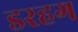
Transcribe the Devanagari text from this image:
डरहग